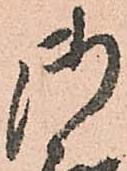
御